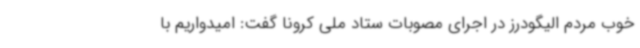
خوب مردم الیگودرز در اجرای مصوبات ستاد ملی کرونا گفت: امیدواریم با